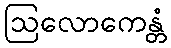
ဩလောကေန္တံ